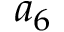
a _ { 6 }